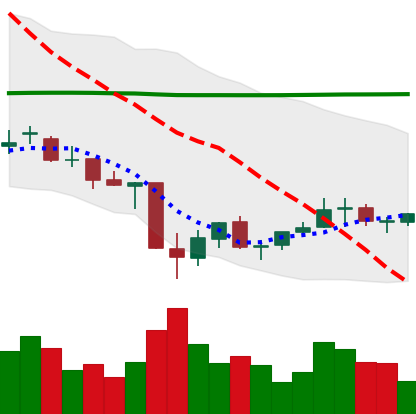
Ticker: EOS-USD
Chart end date: 2021-07-03
Forward return: -10.848%
Label: down_7plus